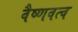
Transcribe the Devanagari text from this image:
वैष्णवत्व